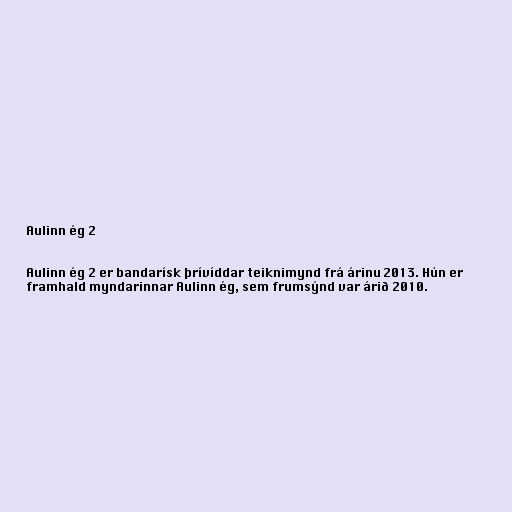
Aulinn ég 2

Aulinn ég 2 er bandarísk þrívíddar teiknimynd frá árinu 2013. Hún er
framhald myndarinnar Aulinn ég, sem frumsýnd var árið 2010.